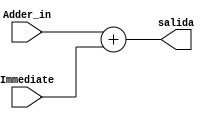
module Add (
	input [31:0] Adder_in,
	input [31:0] Immediate,
	
	output [31:0] salida
);

assign salida = Adder_in + Immediate;

endmodule